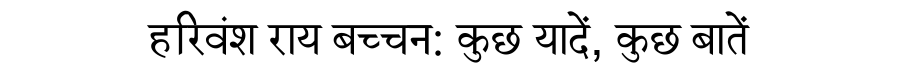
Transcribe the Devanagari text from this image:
हरिवंश राय बच्चन: कुछ यादें, कुछ बातें